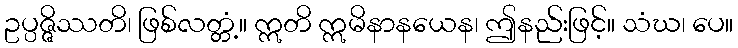
ဥပ္ပဇ္ဇိဿတိ၊ ဖြစ်လတ္တံ့။ ဣတိ ဣမိနာနယေန၊ ဤနည်းဖြင့်။ သံဃ၊ ပေ။